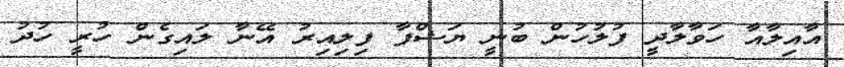
އާއިލާއާ ހަވާލާދީ ފުލުހުން ބުނީ ޔަޝްފާ ފިލިއިރު އޭނާ ލައިގެން ހުރީ ހުދު